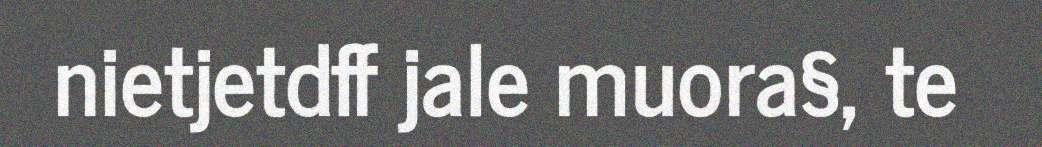
nietjetdff jale muora§, te